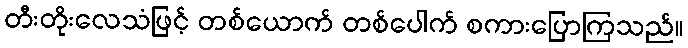
တီးတိုးလေသံဖြင့် တစ်ယောက် တစ်ပေါက် စကားပြောကြသည်။